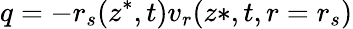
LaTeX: q=-r_{s}(z^{*},t)v_{r}(z*,t,r=r_{s})